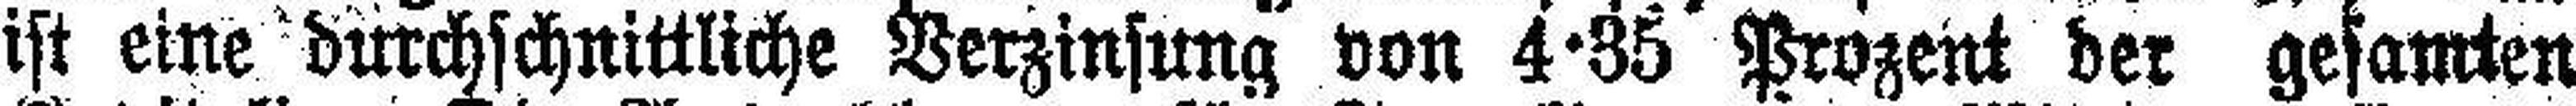
ist eine durchschnittliche Verzinsung von 4·35 Prozent der gesamten